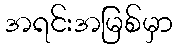
အရင်းအမြစ်မှာ